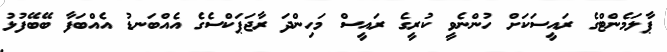
ޕާލަމެންޓްގެ ރައީސަކަށް ހުންނެވީ ކުރީގެ ރައީސް މަހިންދަ ރާޖަޕަކްސެގެ އެއްބަނޑު އެއްބަފާ ބޭބޭފުޅު